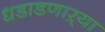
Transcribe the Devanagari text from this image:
धडाडणाऱ्या